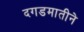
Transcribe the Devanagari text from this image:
दगडमातीने